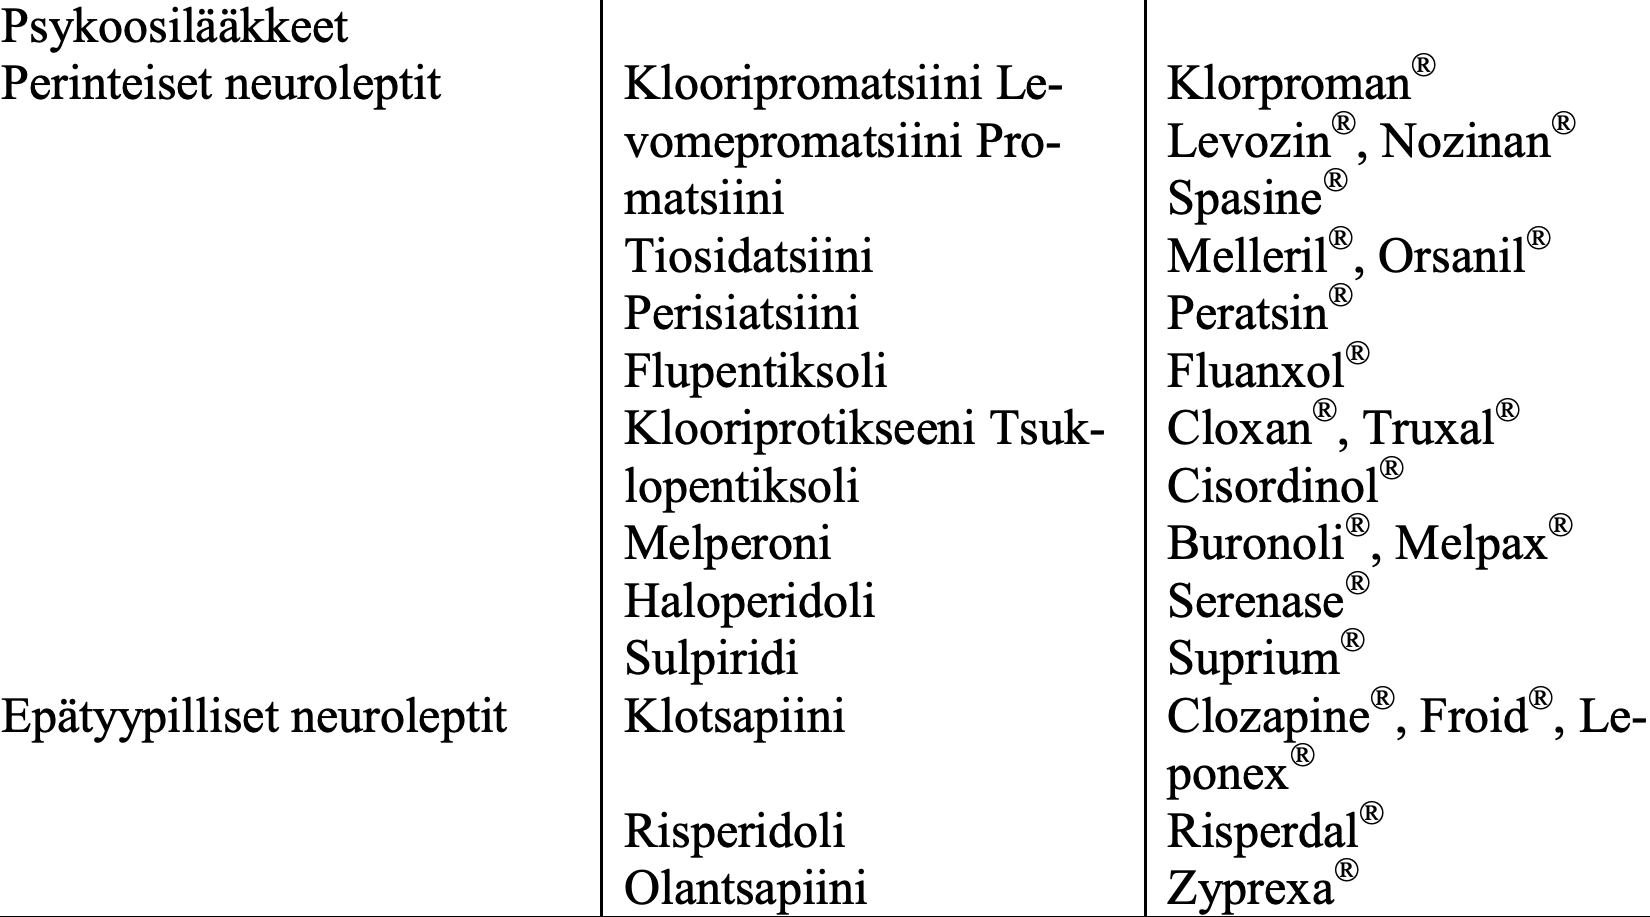
Psykoosilääkkeet Perinteiset neuroleptit Klooripromatsiini Le- Klorproman® vomepromatsiini Pro- Levozin®, Nozinan® matsiini          Spasine® Tiosidatsiini     Melleril®, Orsanil® Perisiatsiini     Peratsin® Flupentiksoli     Fluanxol® Klooriprotikseeni Tsuk- Cloxan®, Truxal® lopentiksoli      Cisordinol® Melperoni         Buronoli®, Melpax® Haloperidoli      Serenase® Sulpiridi         Suprium® Epätyypilliset neuroleptit Klotsapiini Clozapine®, Froid®, Le- ponex® Risperidoli       Risperdal® Olantsapiini      Zyprexa®